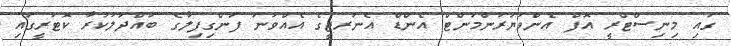
ގައި މިނިސްޓްރީ އޮފް އެންވަޔަރަންމަންޓް އެންޑް އެނަރޖީގެ އެއްވަނަ ފަންގިފިލާގެ ބައްދަލުކުރާ ކޮޓަރީގައި